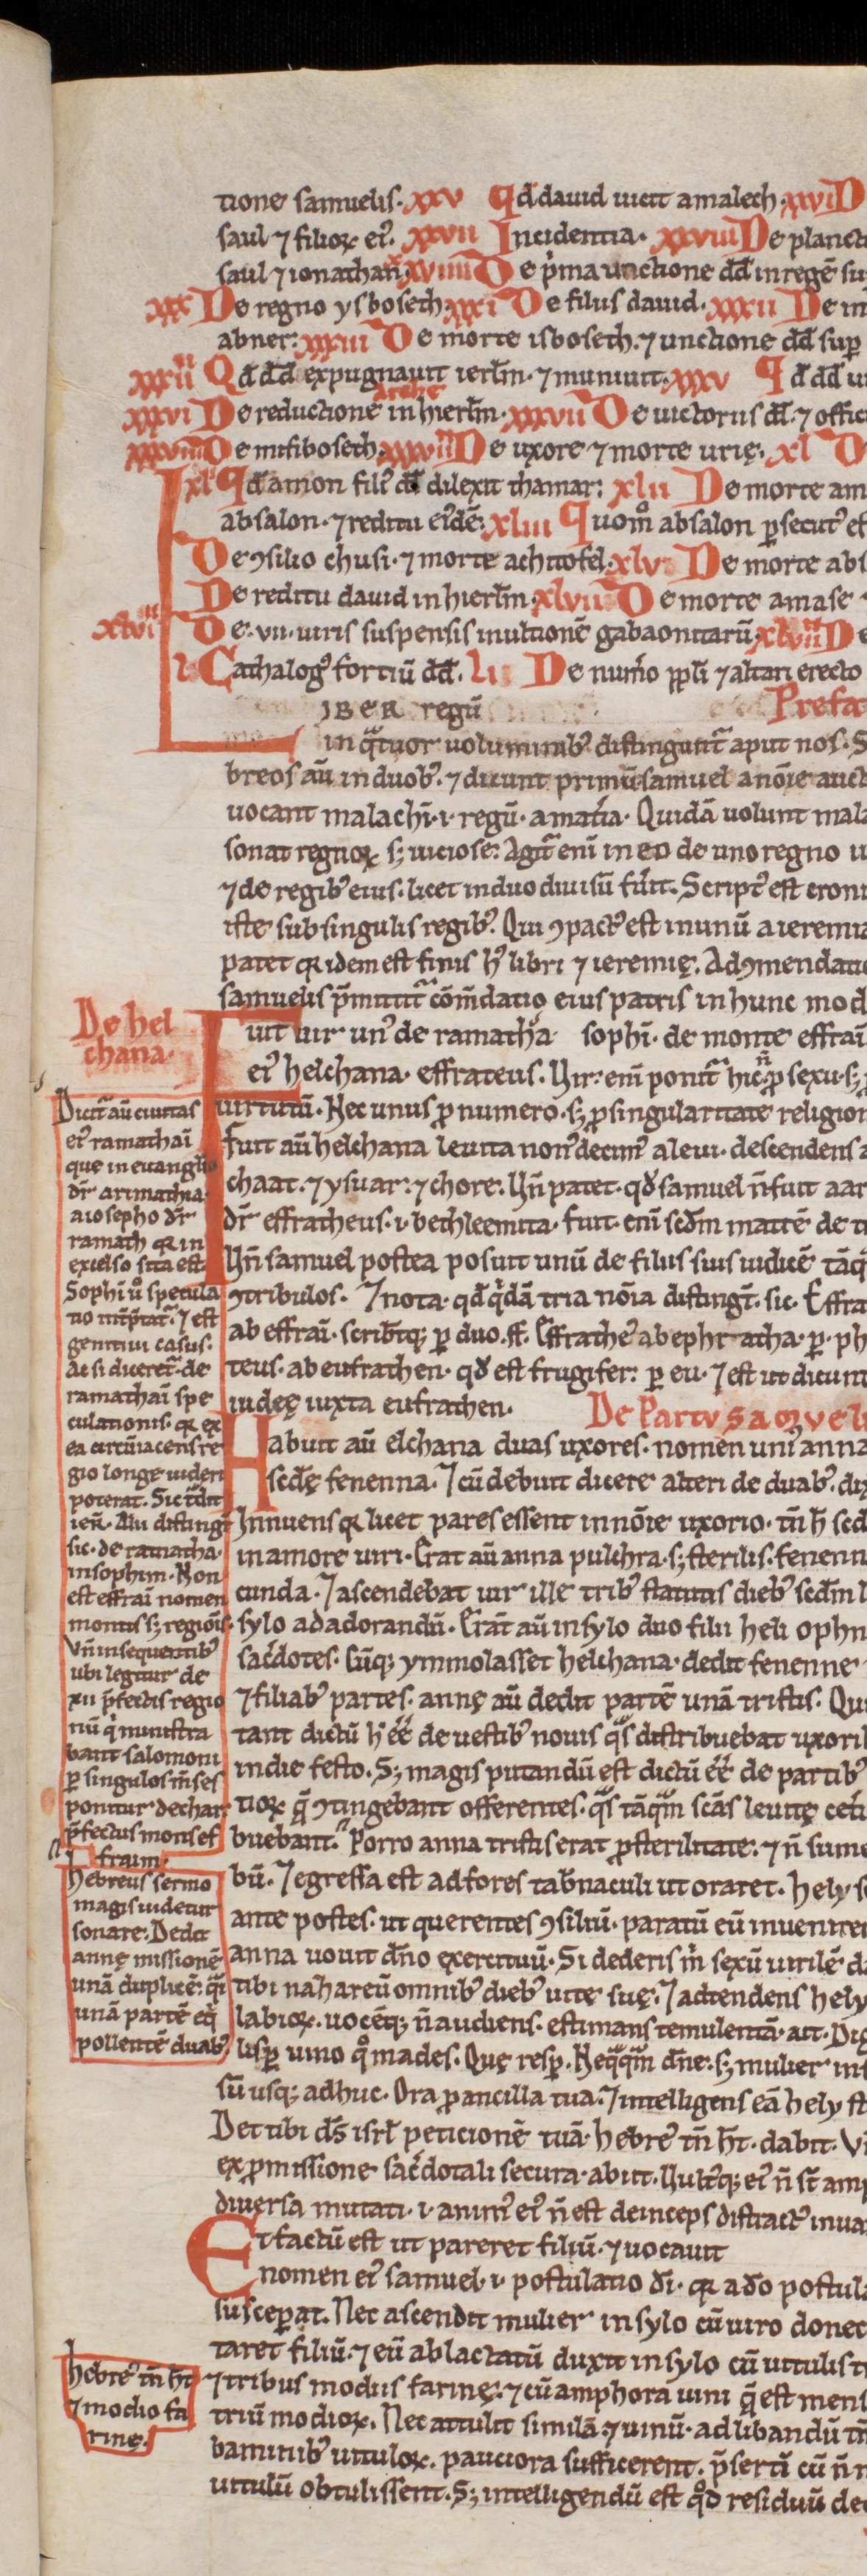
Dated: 1200–1299